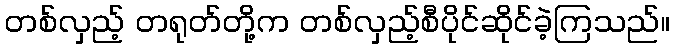
တစ်လှည့် တရုတ်တို့က တစ်လှည့်စီပိုင်ဆိုင်ခဲ့ကြသည်။